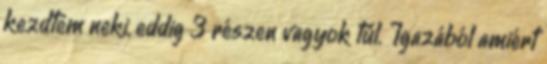
kezdtem neki, eddig 3 részen vagyok túl. Igazából amiért